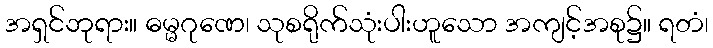
အရှင်ဘုရား။ ဓမ္မဂုဏေ၊ သုစရိုက်သုံးပါးဟူသော အကျင့်အစု၌။ ရတံ၊